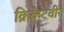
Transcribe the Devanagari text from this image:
क्रिकेटवीर